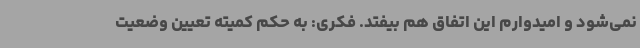
نمی‌شود و امیدوارم این اتفاق هم بیفتد. فکری: به حکم کمیته تعیین وضعیت